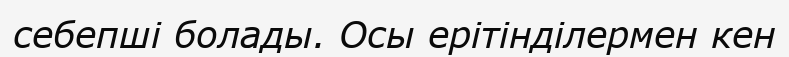
себепші болады. Осы ерітінділермен кен